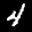
Label: 4